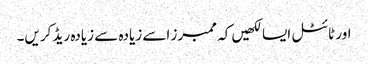
اور ٹائٹل ایسا لکھیں کہ ممبرز اسے زیادہ سے زیادہ ریڈ کریں۔